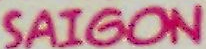
SAIGON